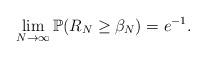
LaTeX: \begin{align*}\lim\limits_{N \rightarrow \infty} \mathbb{P}(R_{N} \geq \beta_{N}) = e^{-1}.\end{align*}